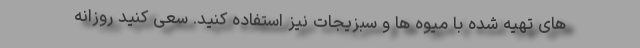
های تهیه شده با میوه ها و سبزیجات نیز استفاده کنید. سعی کنید روزانه